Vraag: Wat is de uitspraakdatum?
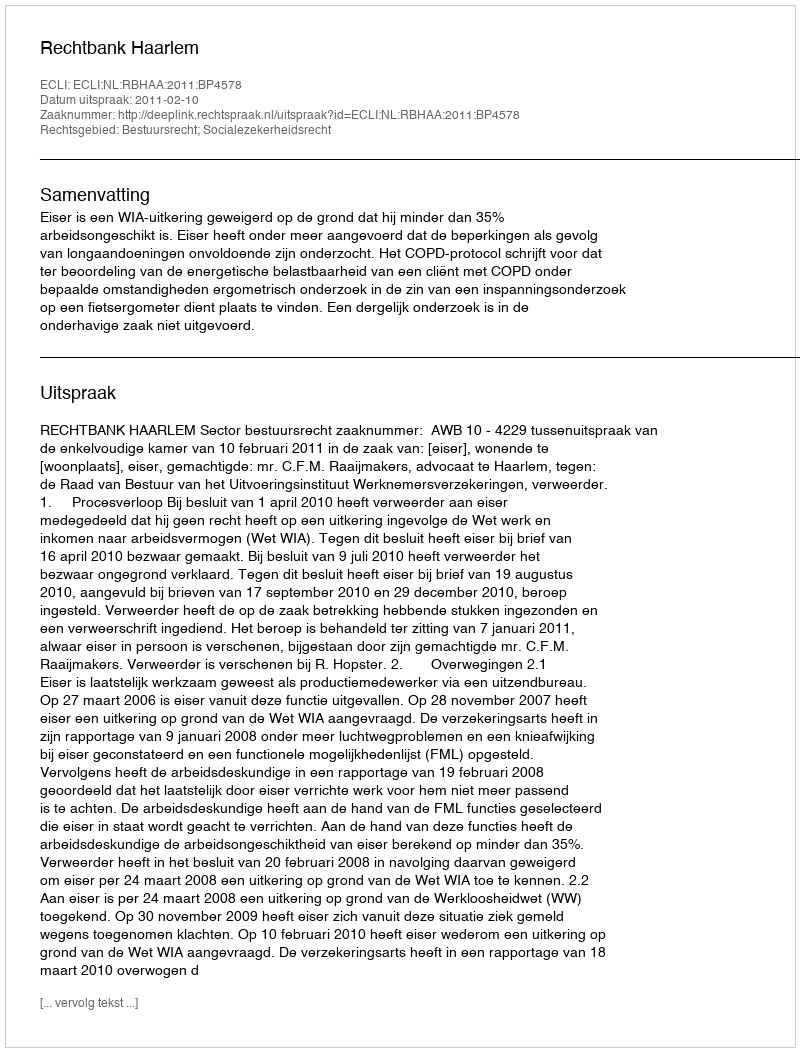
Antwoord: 2011-02-10